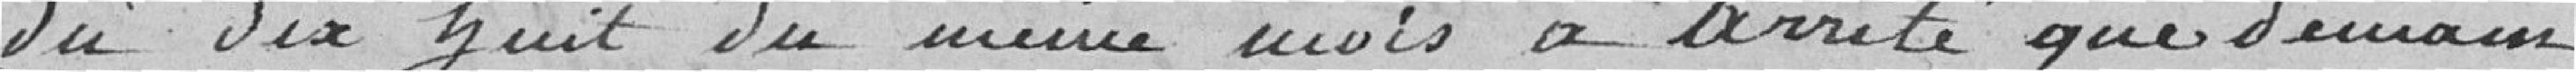
du dix huit du même mois a arrêté que demain